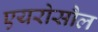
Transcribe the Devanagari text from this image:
एयरोसौल